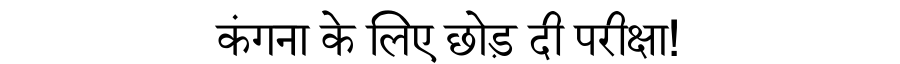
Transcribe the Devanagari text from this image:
कंगना के लिए छोड़ दी परीक्षा!